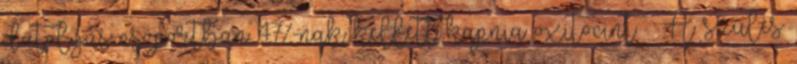
datolyás csoportban 47%-nak kellett kapnia oxitocint – A szülés